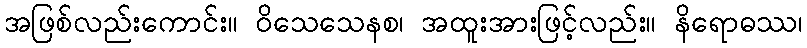
အဖြစ်လည်းကောင်း။ ဝိသေသေနစ၊ အထူးအားဖြင့်လည်း။ နိရောဓဿ၊